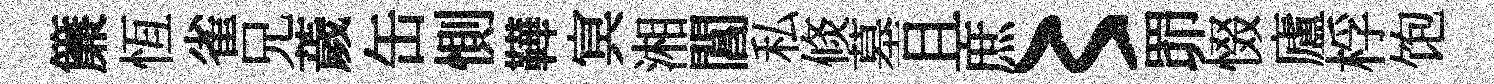
簾恆雀兄薉缶惻鞾㝠湘閶私倐墓且庶〻𦊑惙廬桴饱